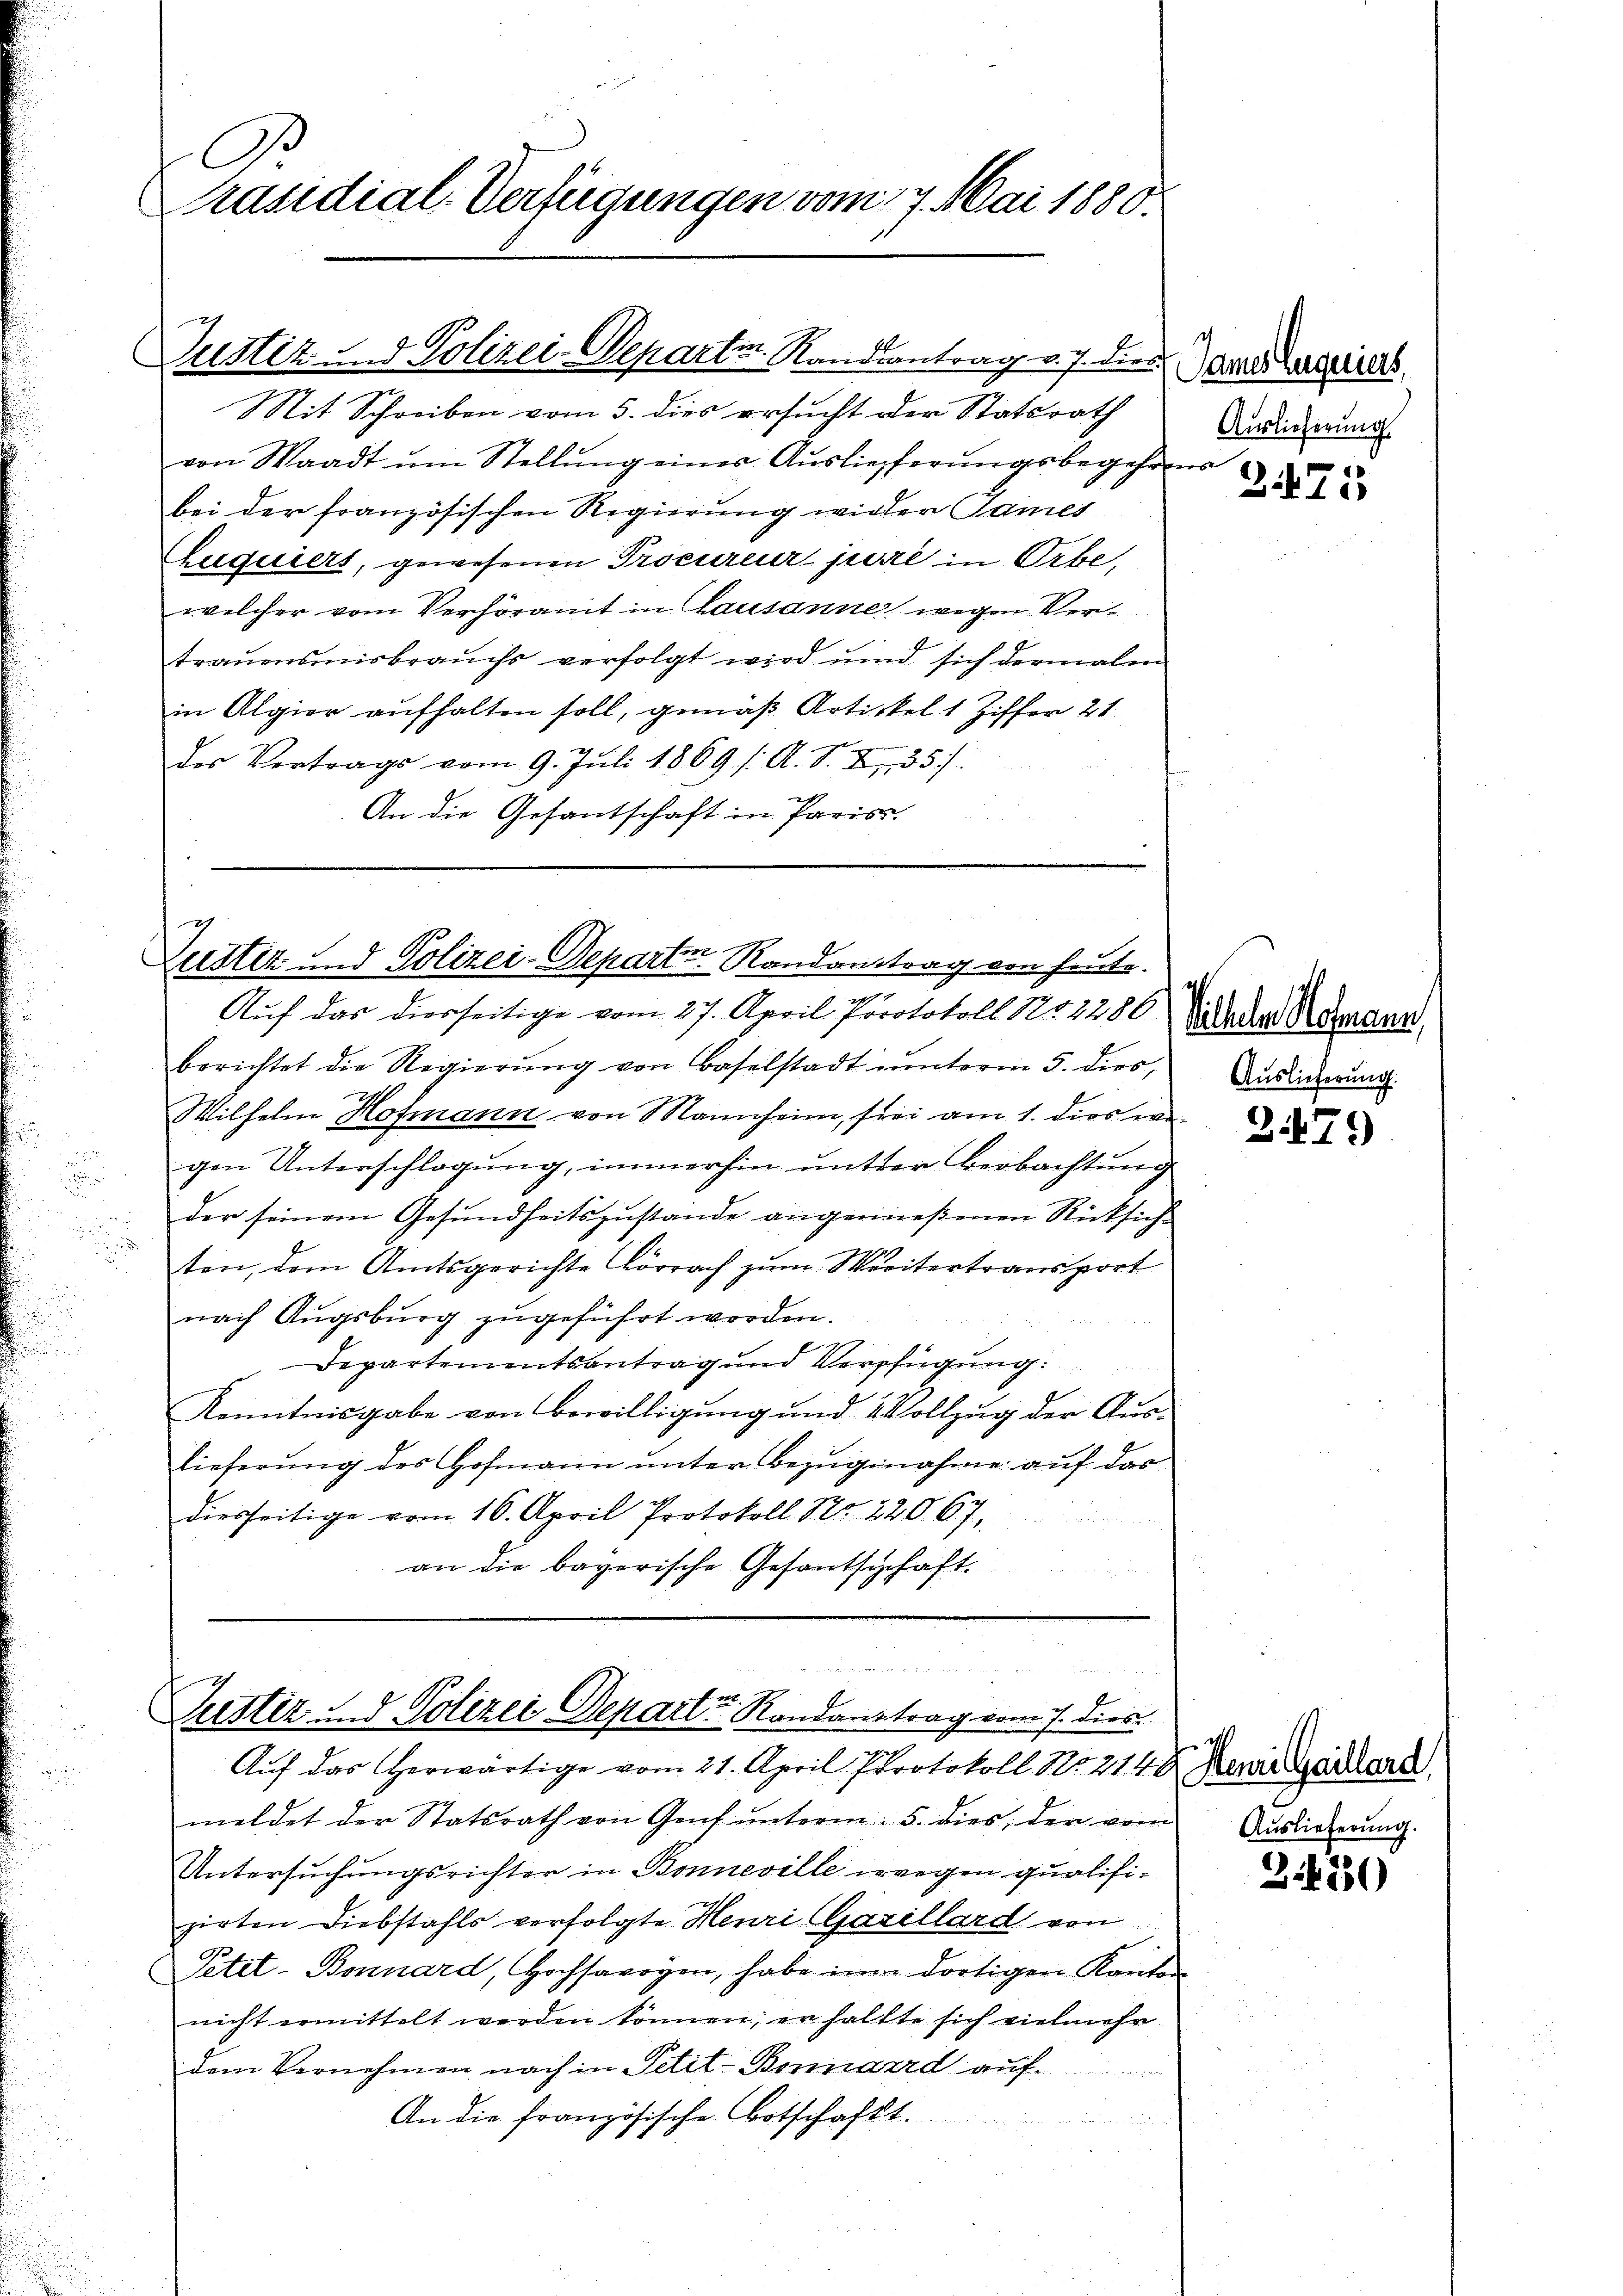
C
Präsidial-Verfügungen vom 17. Mai 1880.

d

.

Mit Schreiben vom 5. dies ersucht der Statsrath
von Waadt ŭm Stellŭng einer Auslieferungsbegehrens
bei der französischen Regierung wieder James
Euquiers, gewesenen Procureur jurie in Orbe,
welcher vom Verhöramt in Lausanne wegen Vertrauensmisbrauchs verfolgt wird und sich dermalen
in Algier aufhalten soll, gemäß Artikel 1 Ziffer 21
des Vertrags vom 9. Juli 1869 /: A. S. X 35).
An die Gesantschaft in Paris.

Justiz- & Polizei-Departin Randsantrag v. J. dies

g
ort
Zustiz und Polizei-Depart Randanstrag von heute.
Auf das diesseitige vom 27. April Protokoll 1852286

berichtet die Regierŭng von Baselstadt ŭnterm 5. dies,
Wilhelm Hofmann von Mannheim, frei am 1. dies wegen Unterschlagung, immerhin unter Beobachtung
der seinem Gesundheitszustände angenießenen Rücksich
ten, dem Amtsgerichte Lörrach zum Weitertransport
nach Augsburg zugeführt worden.
Departementsantrag und Verpfügung.
Kenntnisgabe von Bewilligung und 2 Vollzug der Auslieferung des Hofmann unter Bezugnahme auf das
diesseitige vom 16. April Protokoll Nr. 22067,
an die bayerische Gesantschaft.

E
Puster u. d. Polizei Depart Randantrag vom 7. dies
Aŭf das Herwärtige vom 21. April Protokoll No 2140 Reue Zeilend

meldet der Statsrath von Genf ŭnterm 5. dies der vom Auslieferŭng.
Untersuchungsrichter in Bonneville wegen qualifizirten Diebstahls verfolgte Henri (Garillard von
Petit-Bonnard, Hochsavoyen, habe im dortigen Kanton
nicht ermittelt werden können, er hälfte sich vielmehr
dem Vernehmen nach in Petit-Bonnaird auf¬
An die französische botschafft.

James Eugeniers,
Auslieferung

Z475

Vilhelm Hofmann,
Auslieferung.

2479

d

3.450